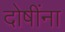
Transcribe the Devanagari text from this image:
दोषींना